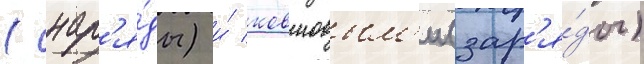
(снар'я́ды) и́ ковшовым'и (зар'я́ды)